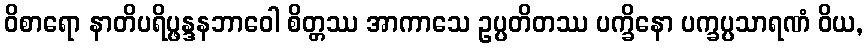
ဝိစာရော နာတိပရိပ္ဖန္ဒနဘာဝေါ စိတ္တဿ အာကာသေ ဥပ္ပတိတဿ ပက္ခိနော ပက္ခပ္ပသာရဏံ ဝိယ,